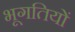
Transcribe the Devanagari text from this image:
भूगतियों